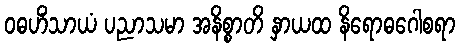
ဝဓဟိံသာယံ ပညာသမာ အနိစ္စာတိ နှာယထ နိရောဓဂေါစရာ